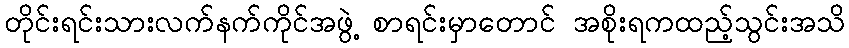
တိုင်းရင်းသားလက်နက်ကိုင်အဖွဲ့ စာရင်းမှာတောင် အစိုးရကထည့်သွင်းအသိ